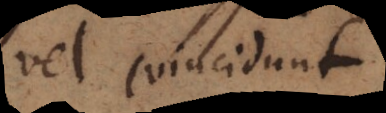
vel coincidunt,